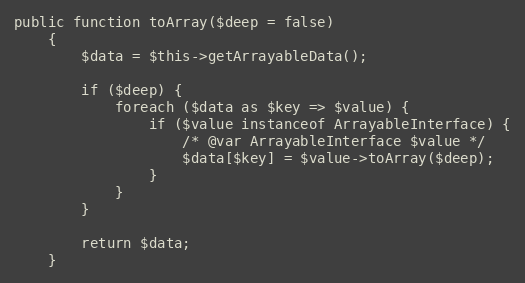
Language: PHP
public function toArray($deep = false)
    {
        $data = $this->getArrayableData();

        if ($deep) {
            foreach ($data as $key => $value) {
                if ($value instanceof ArrayableInterface) {
                    /* @var ArrayableInterface $value */
                    $data[$key] = $value->toArray($deep);
                }
            }
        }

        return $data;
    }